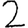
Digit: 2